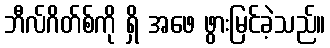
ဘီလ်ဂိတ်စ်ကို ရှိ အဖေ ဖွားမြင်ခဲ့သည်။